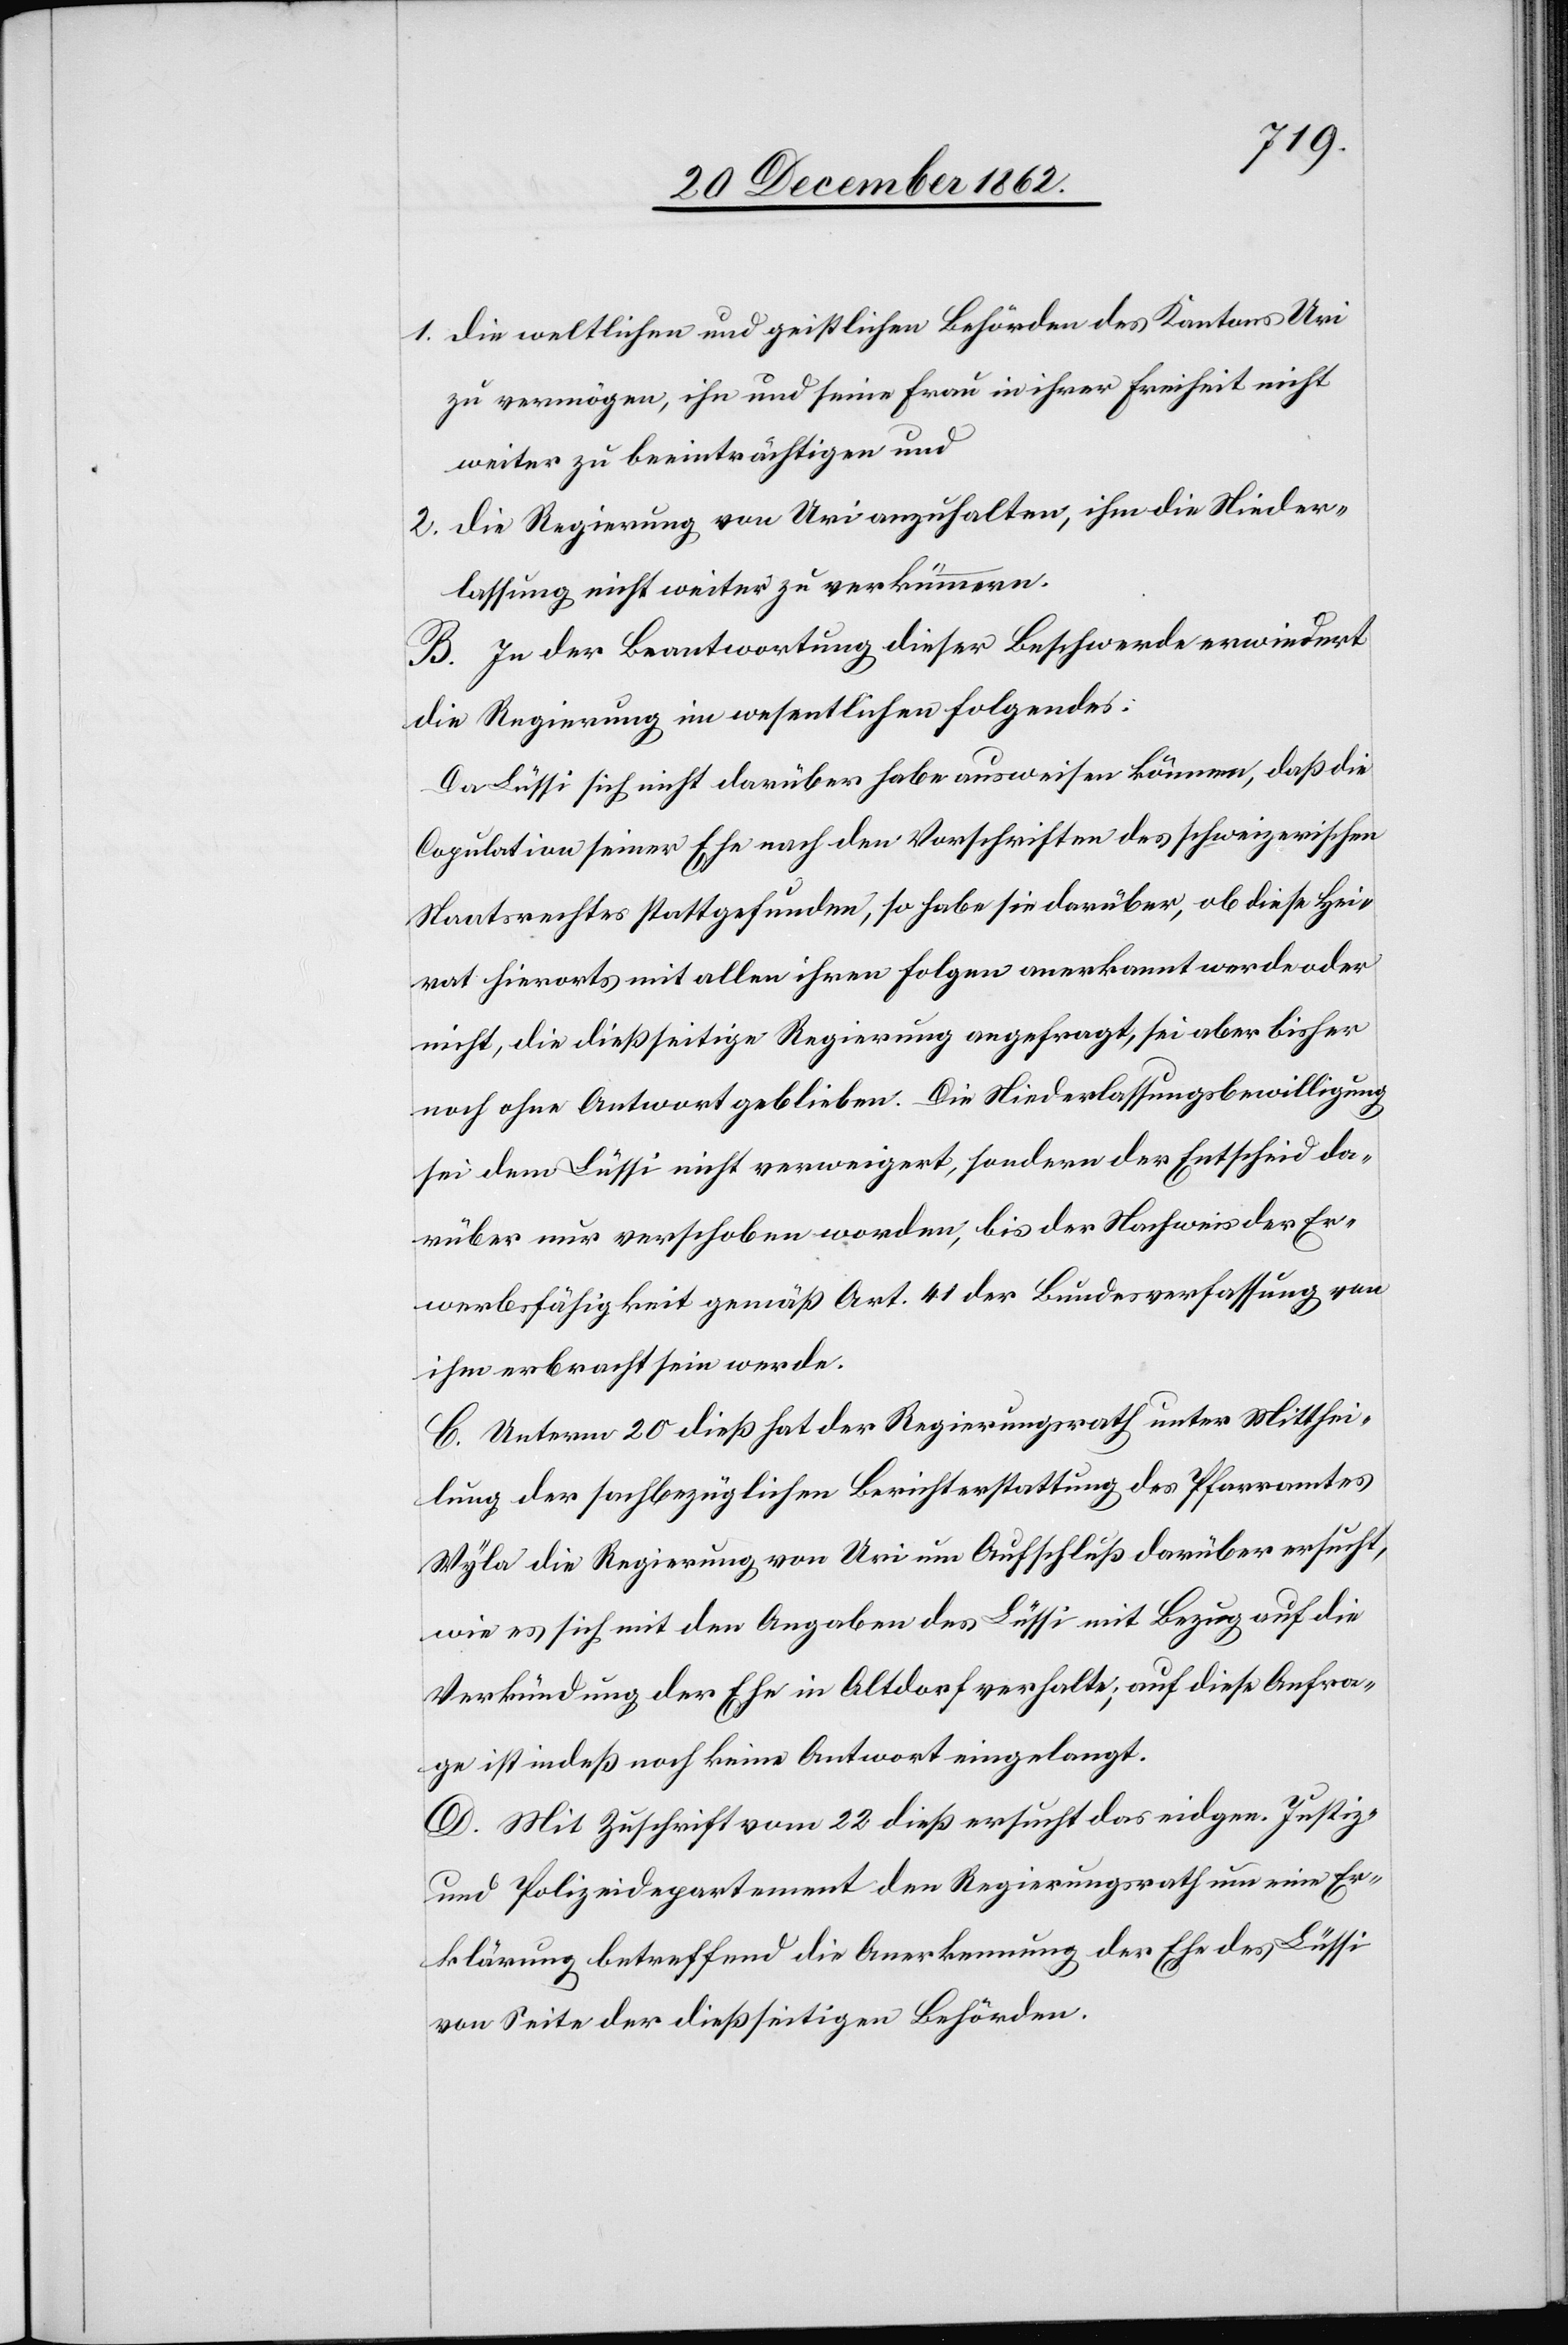
1. die weltlichen und geistlichen Behörden des Kantons Uri
zu vermögen, ihn und seine Frau in ihrer Freiheit nicht
weiter zu beinträchtigen und
2. die Regierung von Uri anzuhalten, ihm die Nieder¬
lassung nicht weiter zu verkümmern.
B. In der Beantwortung dieser Beschwerde erwiedert
die Regierung im wesentlichen folgendes:
Da Lüssi sich nicht darüber habe ausweisen können, daß die
Copulation seiner Ehe nach den Vorschriften des schweizerischen
Staatsrechtes stattgefunden, so habe sie darüber, ob diese Hei¬
rat hierorts mit allen ihren Folgen anerkannt werde oder
nicht, die dießseitige Regierung angefragt, sei aber bisher
noch ohne Antwort geblieben. Die Niederlassungsbewilligung
sei dem Lüssi nicht verweigert, sondern der Entscheid da¬
rüber nur verschoben worden, bis der Nachweis der Er¬
werbsfähigkeit gemäß Art. 41 der Bundesverfassung von
ihm erbracht sein werde.
C. Unterm 20. dieß hat der Regierungsrath unter Mitthei¬
lung der sachbezüglichen Berichterstattung des Pfarramtes
Wyla die Regierung von Uri um Aufschluß darüber ersucht,
wie es sich mit den Angaben des Lüssi mit Bezug auf die
Verkündung der Ehe in Altdorf verhalte; auf diese Anfra¬
ge ist indeß noch keine Antwort eingelangt.
D. Mit Zuschrift vom 22. dieß ersucht das eidgen. Justiz-
und Polizeidepartement den Regierungsrath um eine Er¬
klärung betreffend die Anerkennung der Ehe des Lüssi
von Seite der dießseitigen Behörden.